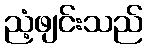
ညံ့ဖျင်းသည်